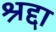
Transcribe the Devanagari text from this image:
श्रद्दा